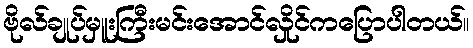
ဗိုလ်ချုပ်မှူးကြီးမင်းအောင်လှိုင်ကပြောပါတယ်။